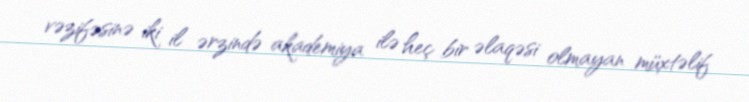
vəzifəsinə iki il ərzində akademiya ilə heç bir əlaqəsi olmayan müxtəlif